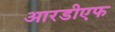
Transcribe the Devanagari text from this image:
आरडीएफ